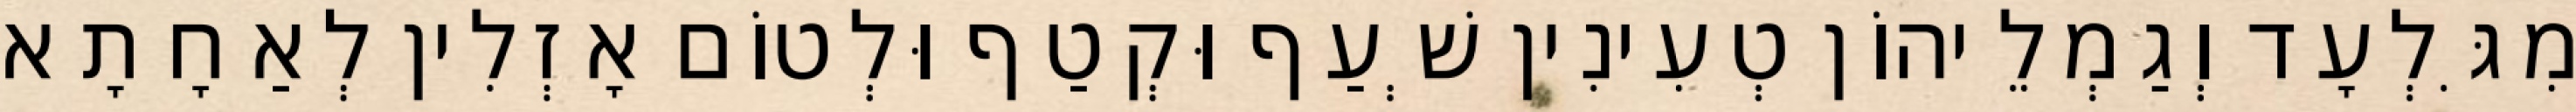
מִגִּלְעָד וְגַמְלֵיהוֹן טְעִינִין שְׁעַף וּקְטַף וּלְטוֹם אָזְלִין לְאַחָתָא